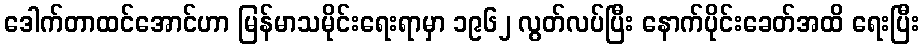
ဒေါက်တာထင်အောင်ဟာ မြန်မာသမိုင်းရေးရာမှာ ၁၉၆၂ လွတ်လပ်ပြီး နောက်ပိုင်းခေတ်အထိ ရေးပြီး